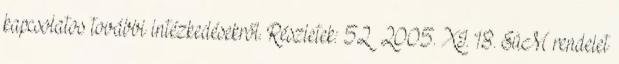
kapcsolatos további intézkedésekről. Részletek: 52 2005. XI. 18. EüM rendelet